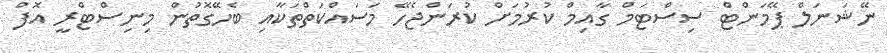
ނޭޝަނަލް ޕޭމަންޓް ސިސްޓަމް ގާއިމް ކުރުމަށް ކުރަންޖެހޭ މަސައްކަތްތަކާއި ބެހޭގޮތުން މިނިސްޓްރީ އޮފް